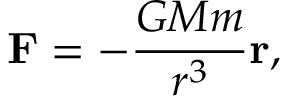
\mathbf { F } = - { \frac { G M m } { r ^ { 3 } } } \mathbf { r } ,